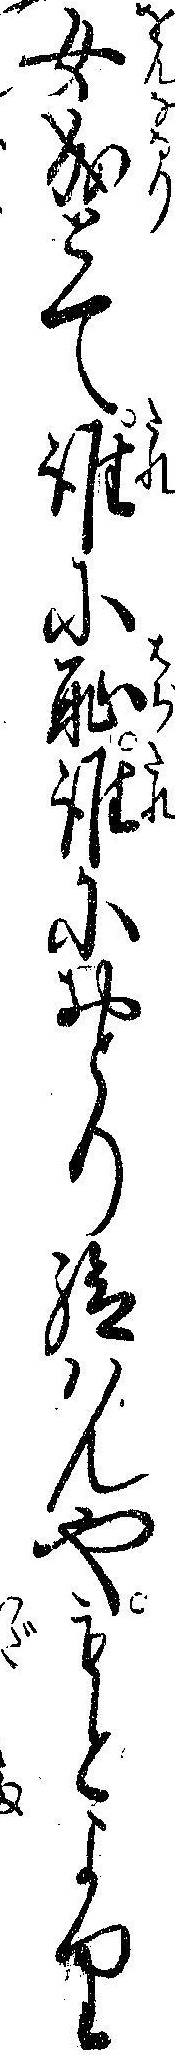
女成とて誰に恥誰におとり給ハんやもとより